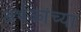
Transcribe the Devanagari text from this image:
अर्भकांच्या